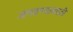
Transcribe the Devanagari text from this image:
जगवण्यासाठी